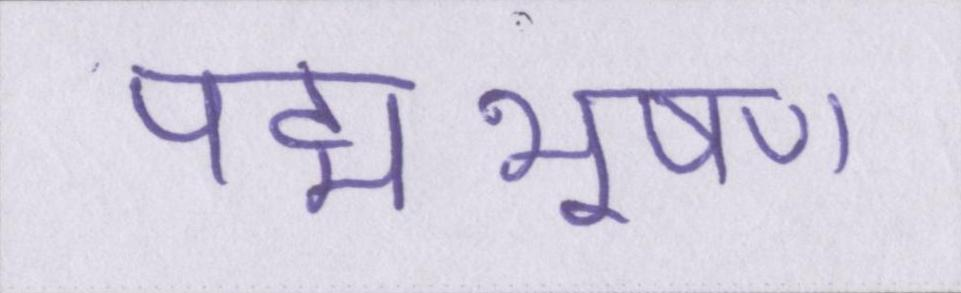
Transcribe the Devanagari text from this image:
पद्मभूषण